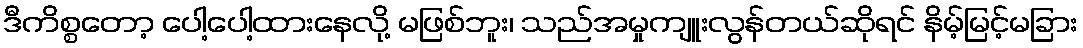
ဒီကိစ္စတော့ ပေါ့ပေါ့ထားနေလို့ မဖြစ်ဘူး၊ သည်အမှုကျူးလွန်တယ်ဆိုရင် နိမ့်မြင့်မခြား